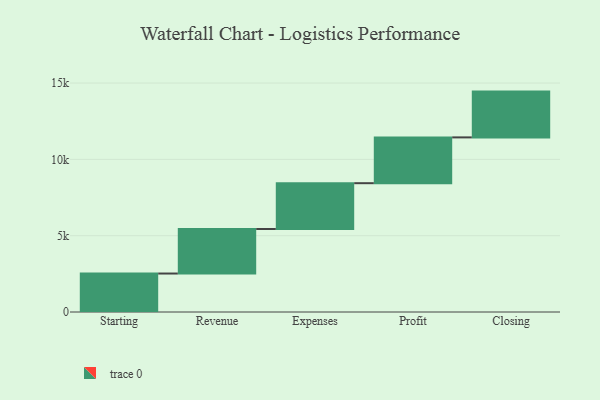
{"axis": {"x": "Step", "y": "Value"}, "legend": [""], "data": [{"x": "Starting", "y": 2520.0, "type": ""}, {"x": "Revenue", "y": 2919.0, "type": ""}, {"x": "Expenses", "y": 3000, "type": ""}, {"x": "Profit", "y": 3000, "type": ""}, {"x": "Closing", "y": 3000, "type": ""}]}